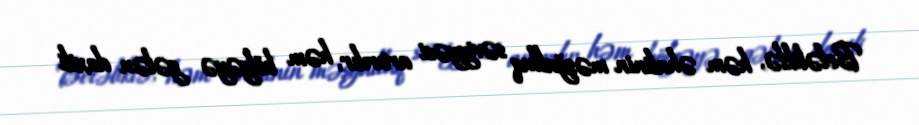
Beləliklə, həm əhalinin məşğulluq səviyyəsi artırılır, həm bölgəyə gələn daxili